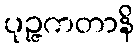
ပုဉ္ဇကတာနိ